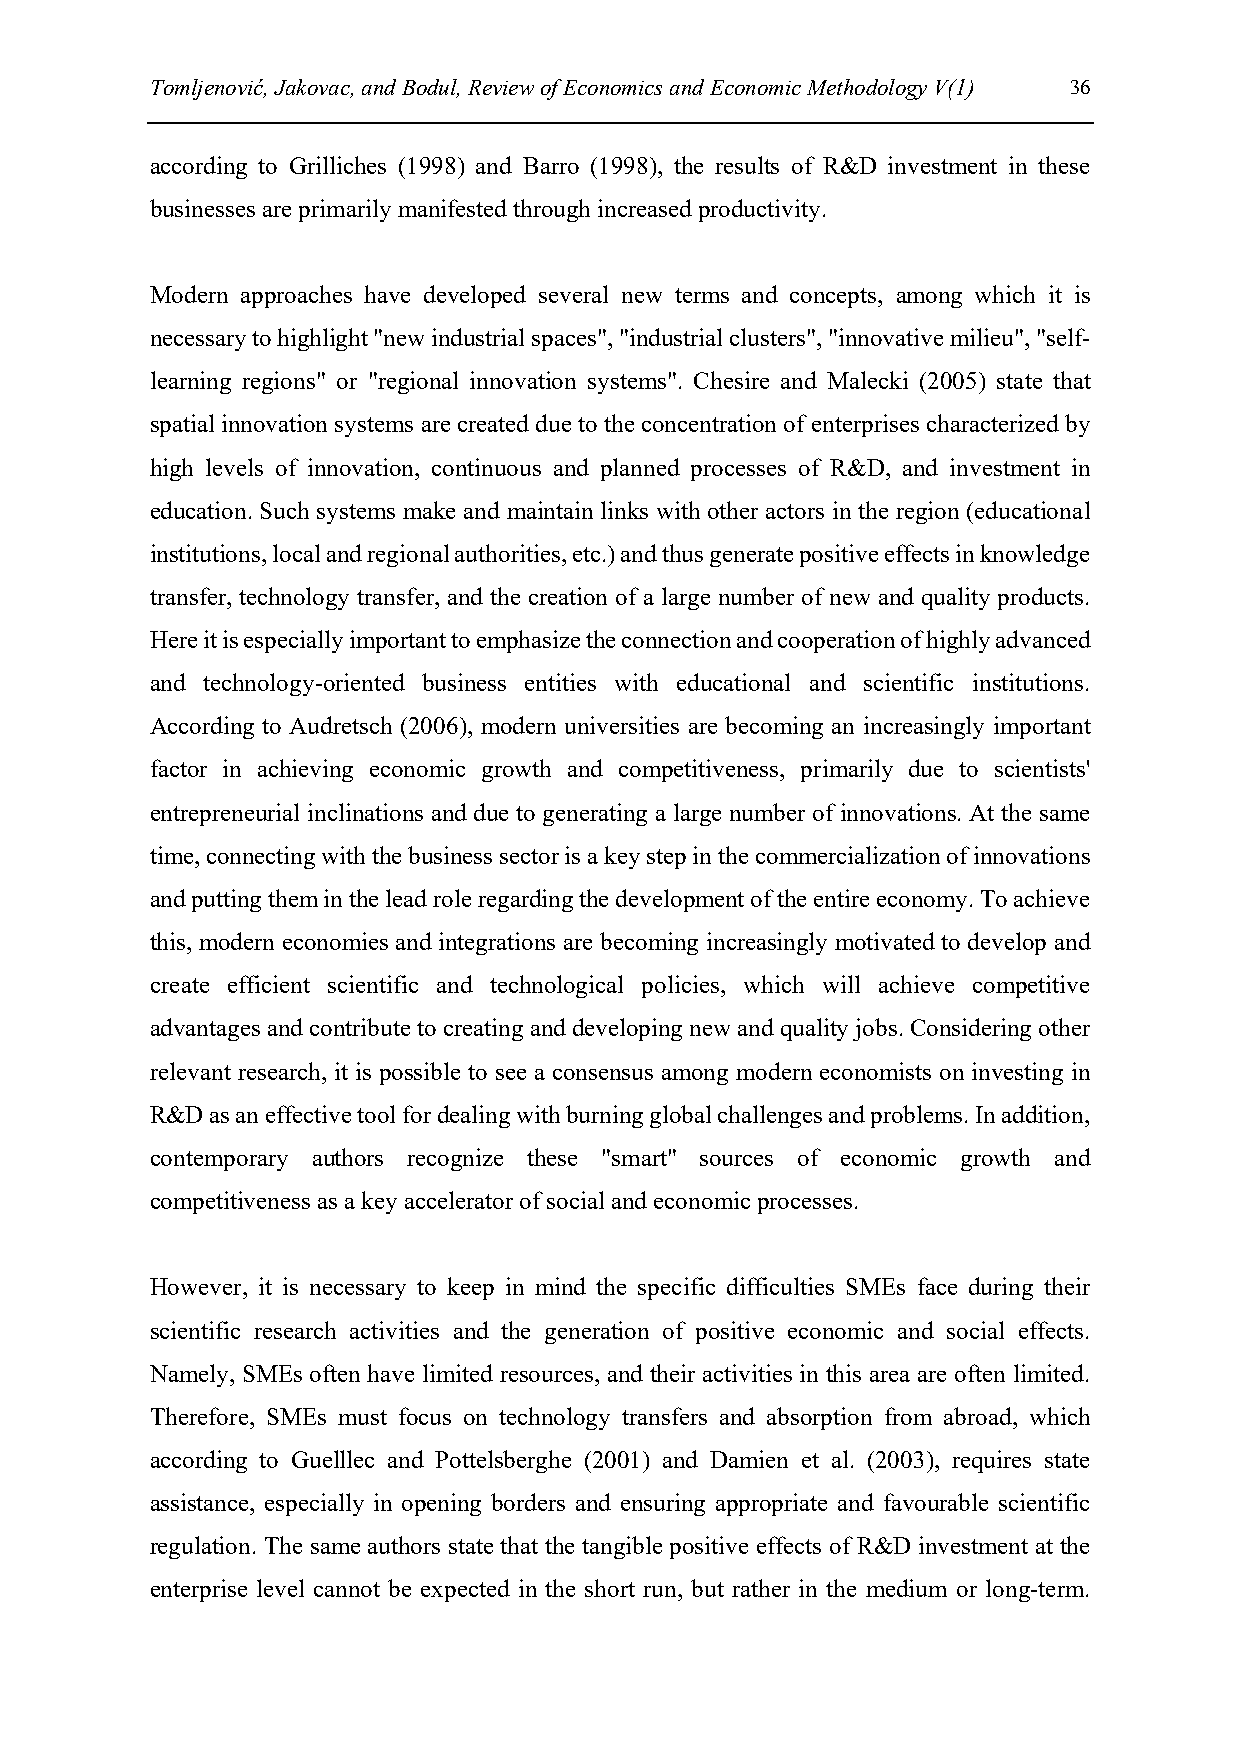
Tomljenović, Jakovac, and Bodul, Review of Economics and Economic Methodology V(1) 36
 according to Grilliches (1998) and Barro (1998), the results of R&D investment in these
 businesses are primarily manifested through increased productivity.
 Modern approaches have developed several new terms and concepts, among which it is
 necessary to highlight "new industrial spaces", "industrial clusters", "innovative milieu", "self-
 learning regions" or "regional innovation systems". Chesire and Malecki (2005) state that
 spatial innovation systems are created due to the concentration of enterprises characterized by
 high levels of innovation, continuous and planned processes of R&D, and investment in
 education. Such systems make and maintain links with other actors in the region (educational
 institutions, local and regional authorities, etc.) and thus generate positive effects in knowledge
 transfer, technology transfer, and the creation of a large number of new and quality products.
 Here it is especially important to emphasize the connection and cooperation of highly advanced
 and technology-oriented business entities with educational and scientific institutions.
 According to Audretsch (2006), modern universities are becoming an increasingly important
 factor in achieving economic growth and competitiveness, primarily due to scientists'
 entrepreneurial inclinations and due to generating a large number of innovations. At the same
 time, connecting with the business sector is a key step in the commercialization of innovations
 and putting them in the lead role regarding the development of the entire economy. To achieve
 this, modern economies and integrations are becoming increasingly motivated to develop and
 create efficient scientific and technological policies, which will achieve competitive
 advantages and contribute to creating and developing new and quality jobs. Considering other
 relevant research, it is possible to see a consensus among modern economists on investing in
 R&D as an effective tool for dealing with burning global challenges and problems. In addition,
 contemporary authors recognize these "smart" sources of economic growth and
 competitiveness as a key accelerator of social and economic processes.
 However, it is necessary to keep in mind the specific difficulties SMEs face during their
 scientific research activities and the generation of positive economic and social effects.
 Namely, SMEs often have limited resources, and their activities in this area are often limited.
 Therefore, SMEs must focus on technology transfers and absorption from abroad, which
 according to Guelllec and Pottelsberghe (2001) and Damien et al. (2003), requires state
 assistance, especially in opening borders and ensuring appropriate and favourable scientific
 regulation. The same authors state that the tangible positive effects of R&D investment at the
 enterprise level cannot be expected in the short run, but rather in the medium or long-term.